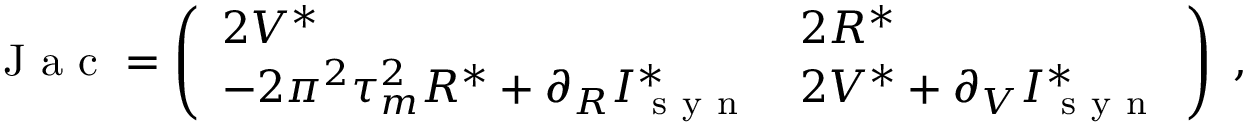
\begin{array} { r } { \mathrm { ~ J ~ a ~ c ~ } = \left( \begin{array} { l l } { 2 V ^ { * } } & { 2 R ^ { * } } \\ { - 2 \pi ^ { 2 } \tau _ { m } ^ { 2 } R ^ { * } + \partial _ { R } I _ { \mathrm { ~ s ~ y ~ n ~ } } ^ { * } } & { 2 V ^ { * } + \partial _ { V } I _ { \mathrm { ~ s ~ y ~ n ~ } } ^ { * } } \end{array} \right) \; , } \end{array}